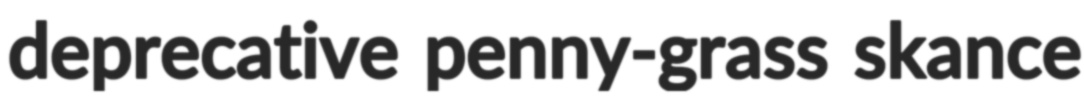
deprecative penny-grass skance